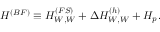
H ^ { ( B F ) } \equiv H _ { W , W } ^ { ( F S ) } + \Delta H _ { W , W } ^ { ( h ) } + { \cal H } _ { p } .